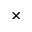
\times